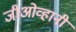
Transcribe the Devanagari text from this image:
जीओव्हानी